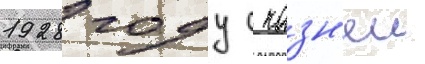
1928 году с казн'еи